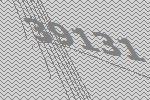
39131